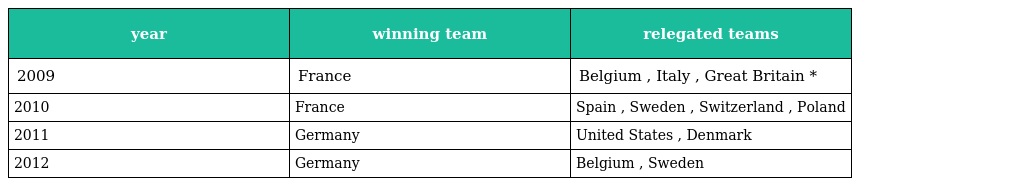
| year | winning team | relegated teams |
 | --- | --- | --- |
 | 2009 | France | Belgium , Italy , Great Britain * |
 | 2010 | France | Spain , Sweden , Switzerland , Poland |
 | 2011 | Germany | United States , Denmark |
 | 2012 | Germany | Belgium , Sweden |